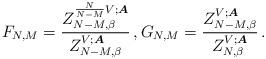
LaTeX: \begin{align*}F_{N, M}=\frac{Z_{N-M, \beta}^{\frac{N}{N-M}V;\boldsymbol{A}}}{Z_{N-M, \beta}^{V;\boldsymbol{A}}}\,,G_{N, M}=\frac{Z_{N-M, \beta}^{V;\boldsymbol{A}}}{Z_{N, \beta}^{V;\boldsymbol{A}}}\,.\end{align*}